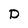
Character: D